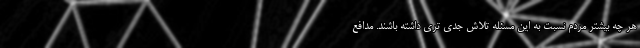
هر چه بیشتر مردم نسبت به این مسئله تلاش جدی تری داشته باشند. مدافع